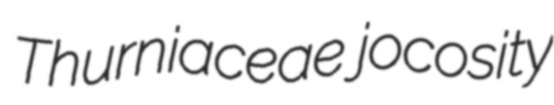
Thurniaceae jocosity